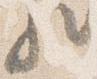
歟